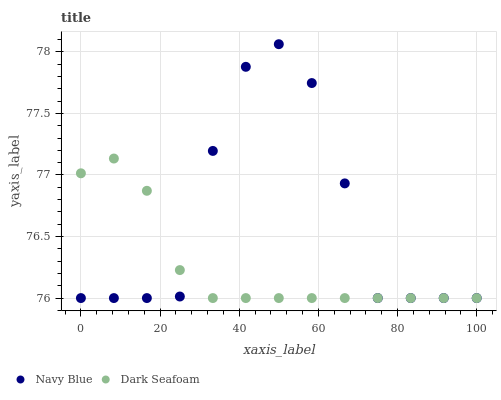
| xaxis_label | Navy Blue | Dark Seafoam |
 | --- | --- | --- |
 | 0 | 76 | 77 |
 | 8.33 | 76 | 77.1 |
 | 16.7 | 76 | 76.9 |
 | 25 | 76 | 76.2 |
 | 33.3 | 77.2 | 76 |
 | 41.7 | 77.9 | 76 |
 | 50 | 78.1 | 76 |
 | 58.3 | 77.7 | 76 |
 | 66.7 | 76.9 | 76 |
 | 75 | 76 | 76 |
 | 83.3 | 76 | 76 |
 | 91.7 | 76 | 76 |
 | 100 | 76 | 76 |